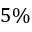
5 \%